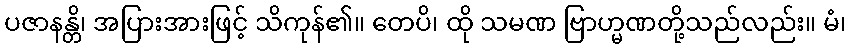
ပဇာနန္တိ၊ အပြားအားဖြင့် သိကုန်၏။ တေပိ၊ ထို သမဏ ဗြာဟ္မဏတို့သည်လည်း။ မံ၊